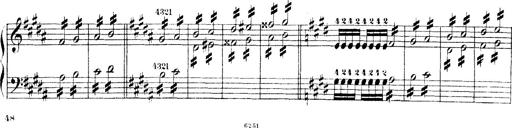
Title: Technische Studien
Composer: Franz Liszt